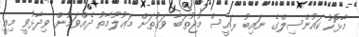
މާޅޮހު ކައުންސިލްގެ ނައިބު ރައީސް މުޖުތަބާ ވަގުތަށް މަޢުލޫމާތު ދެއްވަމުން ވިދާޅުވީ މިއީ